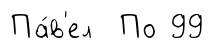
Па́в'ел По 99